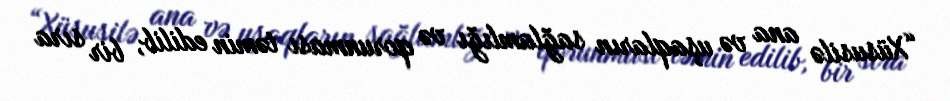
“Xüsusilə ana və uşaqların sağlamlığı və qorunması təmin edilib, bir sıra